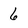
Character: 6